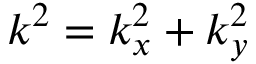
k ^ { 2 } = k _ { x } ^ { 2 } + k _ { y } ^ { 2 }